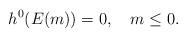
LaTeX: \begin{align*}h^0(E(m))=0,\ \ \ m\le0.\end{align*}